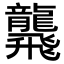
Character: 𪚢